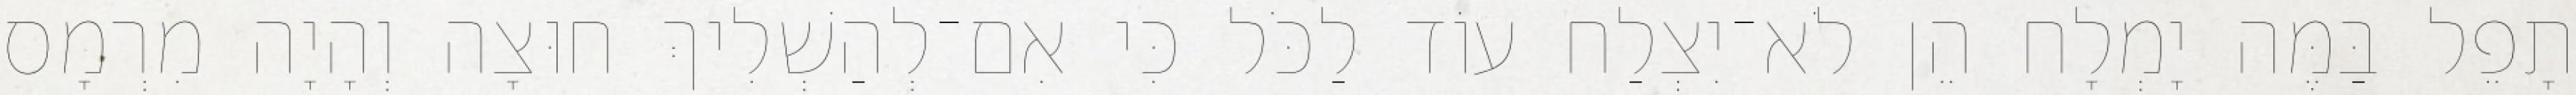
תָפֵל בַּמֶּה יָמְלָח הֵן לֹא־יִצְלַח עוֹד לַכֹּל כִּי אִם־לְהַשְׁלִיךְ חוּצָה וְהָיָה מִרְמָס